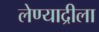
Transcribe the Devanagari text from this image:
लेण्याद्रीला